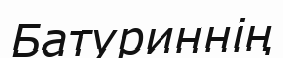
Батуриннің